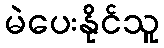
မဲပေးနိုင်သူ